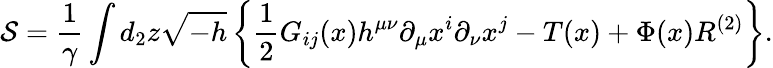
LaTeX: {\cal S}=\frac{1}{\gamma}\int d_{2}z\sqrt{-h}\left\{ {\frac{1}{2}}G_{ij}(x)h^{\mu\nu}\partial_{\mu}x^{i}\partial_{\nu}x^{j}-T(x)+\Phi(x)R^{(2)}\right\} .